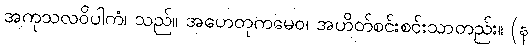
အကုသလဝိပါကံ၊ သည်။ အဟေတုကမေဝ၊ အဟိတ်စင်းစင်းသာတည်း။ (န